Scottish Leaving Certificate Examination, 1960
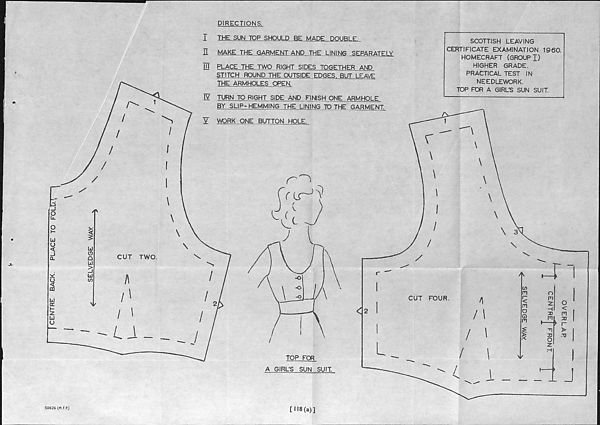
{centre back,
place to FOLDT;
DIRECTIONS.
I
THE SUN TOP SHOULD BE MADE I
H
MAKE THE GARMENT AND THE LINING SEPARATELY
13 PLACE THE TWO RIGHT SIDES TOGETHER AND
STITCH ROUND THE OUTSIDE EDGES. BUT LEAVE
THE ARMHOLES OPEN.
IV TURN TO RIGHT SIDE AND FINISH ONE ARMHOLE
BY SLIP- HEMMING THE LINING TO THE GARMENT.
WORK ONE BUTTON HOLE.
\
liA
'
SCOTTISH LEAVING
CERTIFICATE EXAMINATION 1960.
HOMECRAFT (GROUP I)
HIGHER GRADE.
PRACTICAL TEST IN
NEEDLEWORK.
TOP FOR A GIRL'S SUN SUIT.
TOP FOR
A GIRL'S SUN SUIT.
50626 (M.F.P.)
[118(a)]
OVERLAP